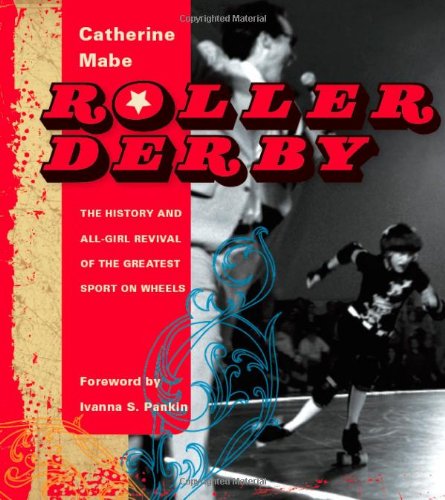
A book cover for Roller Derby: The History and All-Girl Revival of the Greatest Sport on Wheels; Catherine Mabe; Sports & Outdoors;